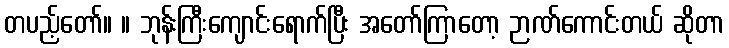
တပည့်တော်။ ။ ဘုန်းကြီးကျောင်းရောက်ပြီး အတော်ကြာတော့ ဉာဏ်ကောင်းတယ် ဆိုတာ